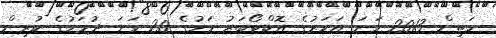
މަތިން 2013 ވަނަ އަހަރުގެ އޮކްޓޯބަރު މަހުގެ 20 ވަނަ ދުވަހުގެ ކުރިން